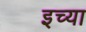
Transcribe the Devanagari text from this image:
इच्या